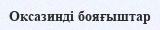
Оксазинді бояғыштар